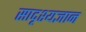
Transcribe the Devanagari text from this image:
सादृश्यज्ञान